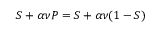
S + \alpha \nu P = S + \alpha \nu ( 1 - S )